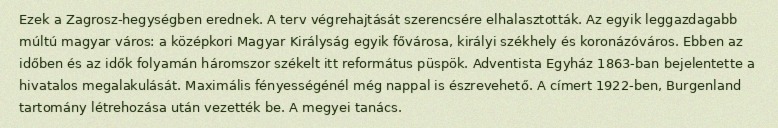
Ezek a Zagrosz-hegységben erednek. A terv végrehajtását szerencsére elhalasztották. Az egyik leggazdagabb múltú magyar város: a középkori Magyar Királyság egyik fővárosa, királyi székhely és koronázóváros. Ebben az időben és az idők folyamán háromszor székelt itt református püspök. Adventista Egyház 1863-ban bejelentette a hivatalos megalakulását. Maximális fényességénél még nappal is észrevehető. A címert 1922-ben, Burgenland tartomány létrehozása után vezették be. A megyei tanács.